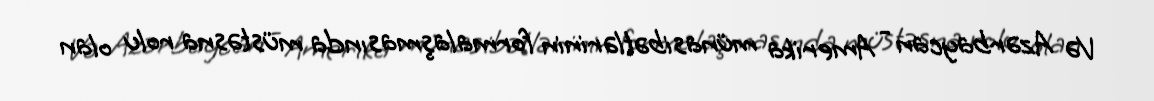
Və Azərbaycan - Amerika münasibətlərinin formalaşmasında müstəsna rolu olan